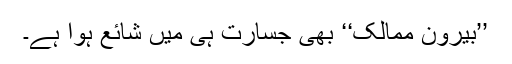
’’بیرونِ ممالک‘‘ بھی جسارت ہی میں شائع ہوا ہے۔